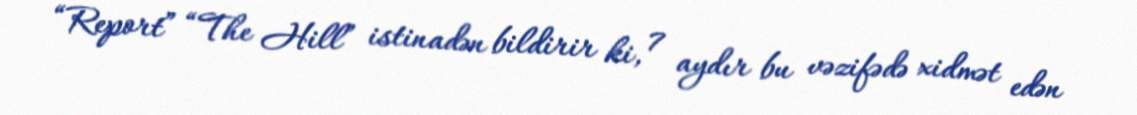
“Report” “The Hill” istinadən bildirir ki, 7 aydır bu vəzifədə xidmət edən